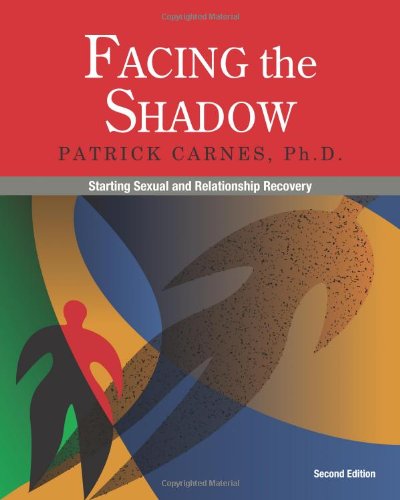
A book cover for Facing the Shadow: Starting Sexual and Relationship Recovery; Patrick Carnes; Self-Help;